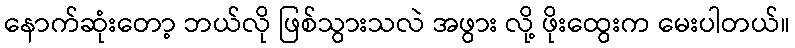
နောက်ဆုံးတော့ ဘယ်လို ဖြစ်သွားသလဲ အဖွား လို့ ဖိုးထွေးက မေးပါတယ်။